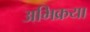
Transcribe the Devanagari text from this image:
अभिक्रया